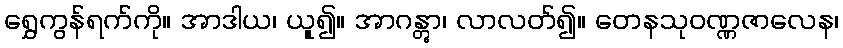
ရွှေကွန်ရက်ကို။ အာဒါယ၊ ယူ၍။ အာဂန္တွာ၊ လာလတ်၍။ တေနသုဝဏ္ဏဇာလေန၊